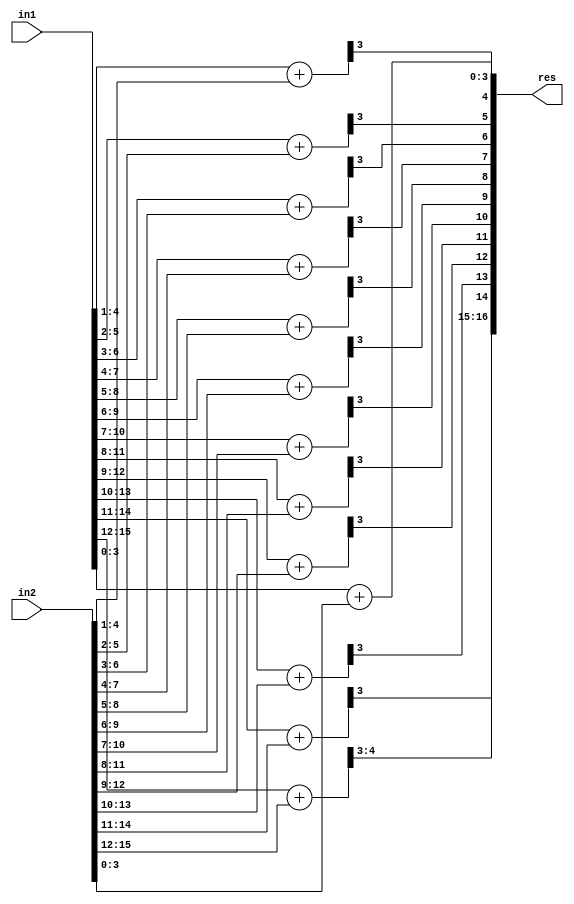
module ACA_I_N16_Q4(
    input [15:0] in1,
    input [15:0] in2,
    output [16:0] res
    );

wire [4:0] temp1,temp2,temp3,temp4,temp5,temp6,temp7,temp8,temp9,temp10,temp11,temp12,temp13;

assign temp1[4:0] = in1[3:0] + in2[3:0];
assign temp2[4:0] = in1[4:1] + in2[4:1];
assign temp3[4:0] = in1[5:2] + in2[5:2];
assign temp4[4:0] = in1[6:3] + in2[6:3];
assign temp5[4:0] = in1[7:4] + in2[7:4];
assign temp6[4:0] = in1[8:5] + in2[8:5];
assign temp7[4:0] = in1[9:6] + in2[9:6];
assign temp8[4:0] = in1[10:7] + in2[10:7];
assign temp9[4:0] = in1[11:8] + in2[11:8];
assign temp10[4:0] = in1[12:9] + in2[12:9];
assign temp11[4:0] = in1[13:10] + in2[13:10];
assign temp12[4:0] = in1[14:11] + in2[14:11];
assign temp13[4:0] = in1[15:12] + in2[15:12];

assign res[16:0] = {temp13[4:3],temp12[3],temp11[3],temp10[3],temp9[3],temp8[3],temp7[3],temp6[3],temp5[3],temp4[3],temp3[3],temp2[3],temp1[3:0]};

endmodule